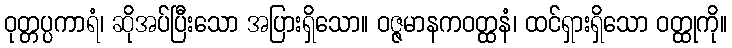
ဝုတ္တပ္ပကာရံ၊ ဆိုအပ်ပြီးသော အပြားရှိသော။ ဝဇ္ဇမာနကဝတ္ထနံ၊ ထင်ရှားရှိသော ဝတ္ထုကို။